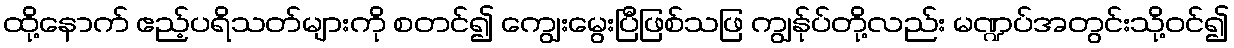
ထို့နောက် ဧည့်ပရိသတ်များကို စတင်၍ ကျွေးမွေးပြီဖြစ်သဖြ ကျွန်ုပ်တို့လည်း မဏ္ဍပ်အတွင်းသို့ဝင်၍